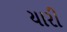
યારી